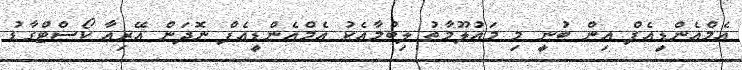
އެމްއެންޑީއެފް އިން ބުނީ މި މައުލޫމާތު ލިބުމާއެކު އެމްއެންޑީއެފް ނޮދަން އޭރިއާ ކޯސްޓްގާޑު